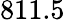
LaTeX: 811.5